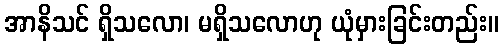
အာနိသင် ရှိသလော၊ မရှိသလောဟု ယုံမှားခြင်းတည်း။